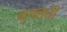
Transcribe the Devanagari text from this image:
नुचलती